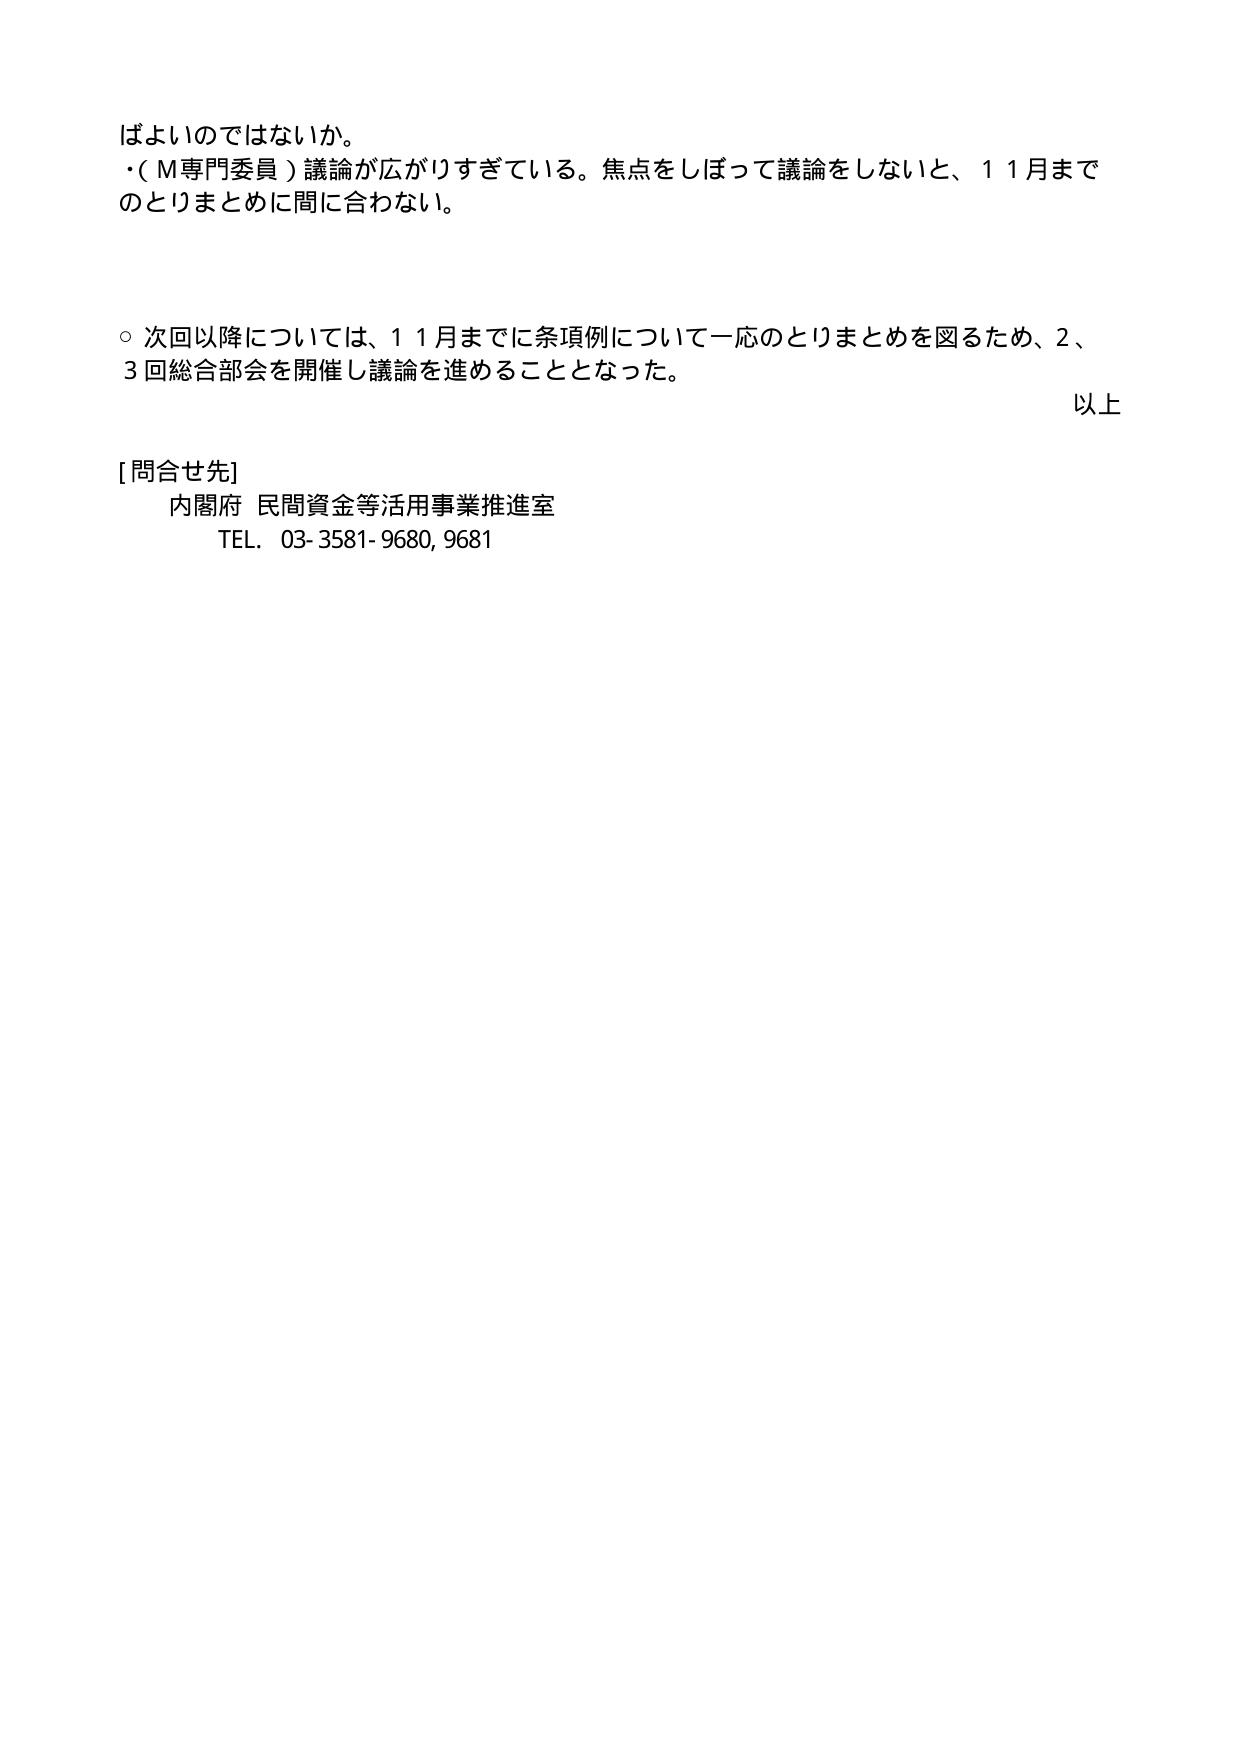
ばよいのではないか。
・（M専門委員）議論が広がりすぎている。焦点をしぼって議論をしないと、11月まで
のとりまとめに間に合わない。

○ 次回以降については、11月までに条項例について一応のとりまとめを図るため、2、
3回総合部会を開催し議論を進めることとなった。

以上

[問合せ先]
内閣府 民間資金等活用事業推進室
TEL. 03-3581-9680, 9681